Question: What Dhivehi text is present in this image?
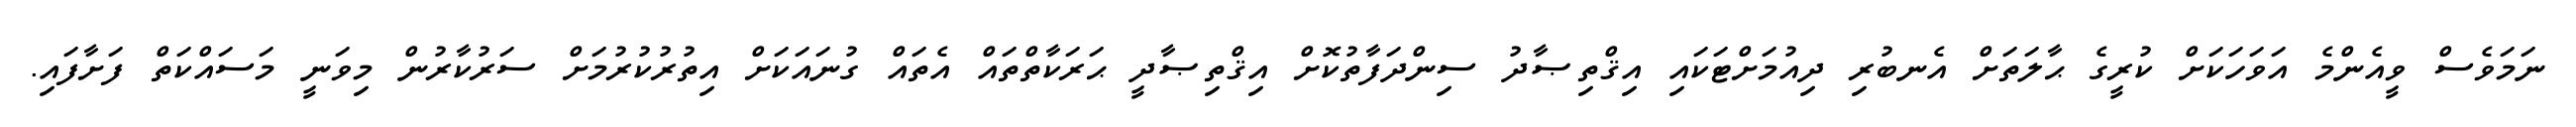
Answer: ނަމަވެސް ވީއެންމެ އަވަހަކަށް ކުރީގެ ޙާލަތަށް އެނބުރި ދިއުމަށްޓަކައި އިޤްތިޞާދު ސިންދަފާތުކޮށް އިޤްތިޞާދީ ޙަރަކާތްތައް އެތައް ގުނައަކަށް އިތުރުކުރުމަށް ސަރުކާރުން މިވަނީ މަސައްކަތް ފަށާފައި.